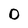
Character: 0